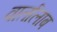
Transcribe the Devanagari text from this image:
वार्तालाब